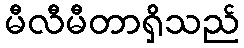
မီလီမီတာရှိသည်